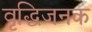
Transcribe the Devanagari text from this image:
वृद्धिजनक